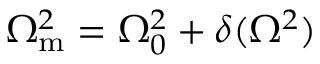
\Omega _ { \mathrm { m } } ^ { 2 } = \Omega _ { 0 } ^ { 2 } + \delta ( \Omega ^ { 2 } )